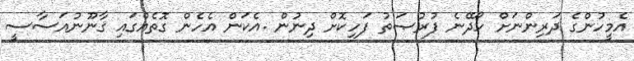
އެމީހުންގެ ދަރިންނަށް ހޯދޭނެ ފުރުޞަތު ފަހިކޮށް ދިނުން .އެކަން އެހެން ގޮތެއްގައި ޤާނޫނުއަސާސީ